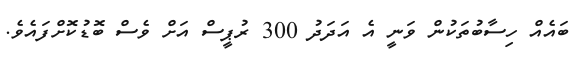
ބައެއް ހިސާބުތަކުން ވަނީ އެ އަދަދު 300 ރުޕީސް އަށް ވެސް ބޮޑުކޮށްފައެވެ.